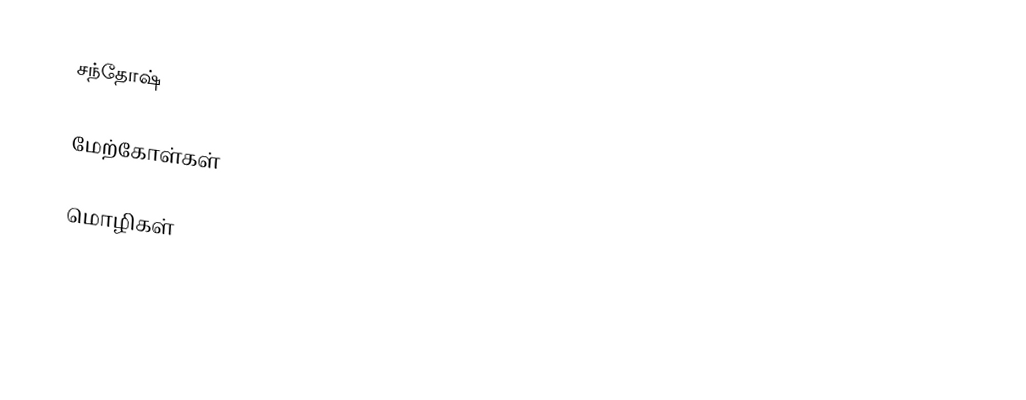
சந்தோஷ்

மேற்கோள்கள்

மொழிகள்